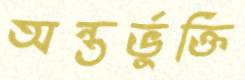
অন্তর্ভুক্তি